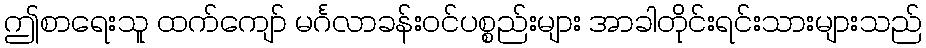
ဤစာရေးသူ ထက်ကျော် မင်္ဂလာခန်းဝင်ပစ္စည်းများ အာခါတိုင်းရင်းသားများသည်